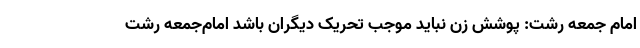
امام جمعه رشت: پوشش زن نباید موجب تحریک دیگران باشد امام‌جمعه رشت